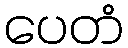
ပေတံ